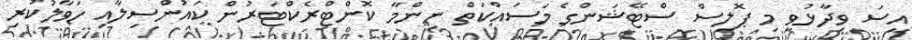
އީސަ ވިދާޅުވީ މި ޕޮލިސް ސްޓޭޝަންގެ މަސައްކަތް ނިންމާ ކޮންޓްރެކްޓަރުން ކައުންސިލާއި ހަވާލުކުރި